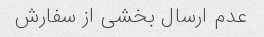
عدم ارسال بخشی از سفارش